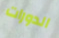
الدورات